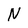
Character: N